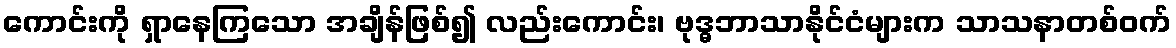
ကောင်းကို ရှာနေကြသော အချိန်ဖြစ်၍ လည်းကောင်း၊ ဗုဒ္ဓဘာသာနိုင်ငံများက သာသနာတစ်ဝက်